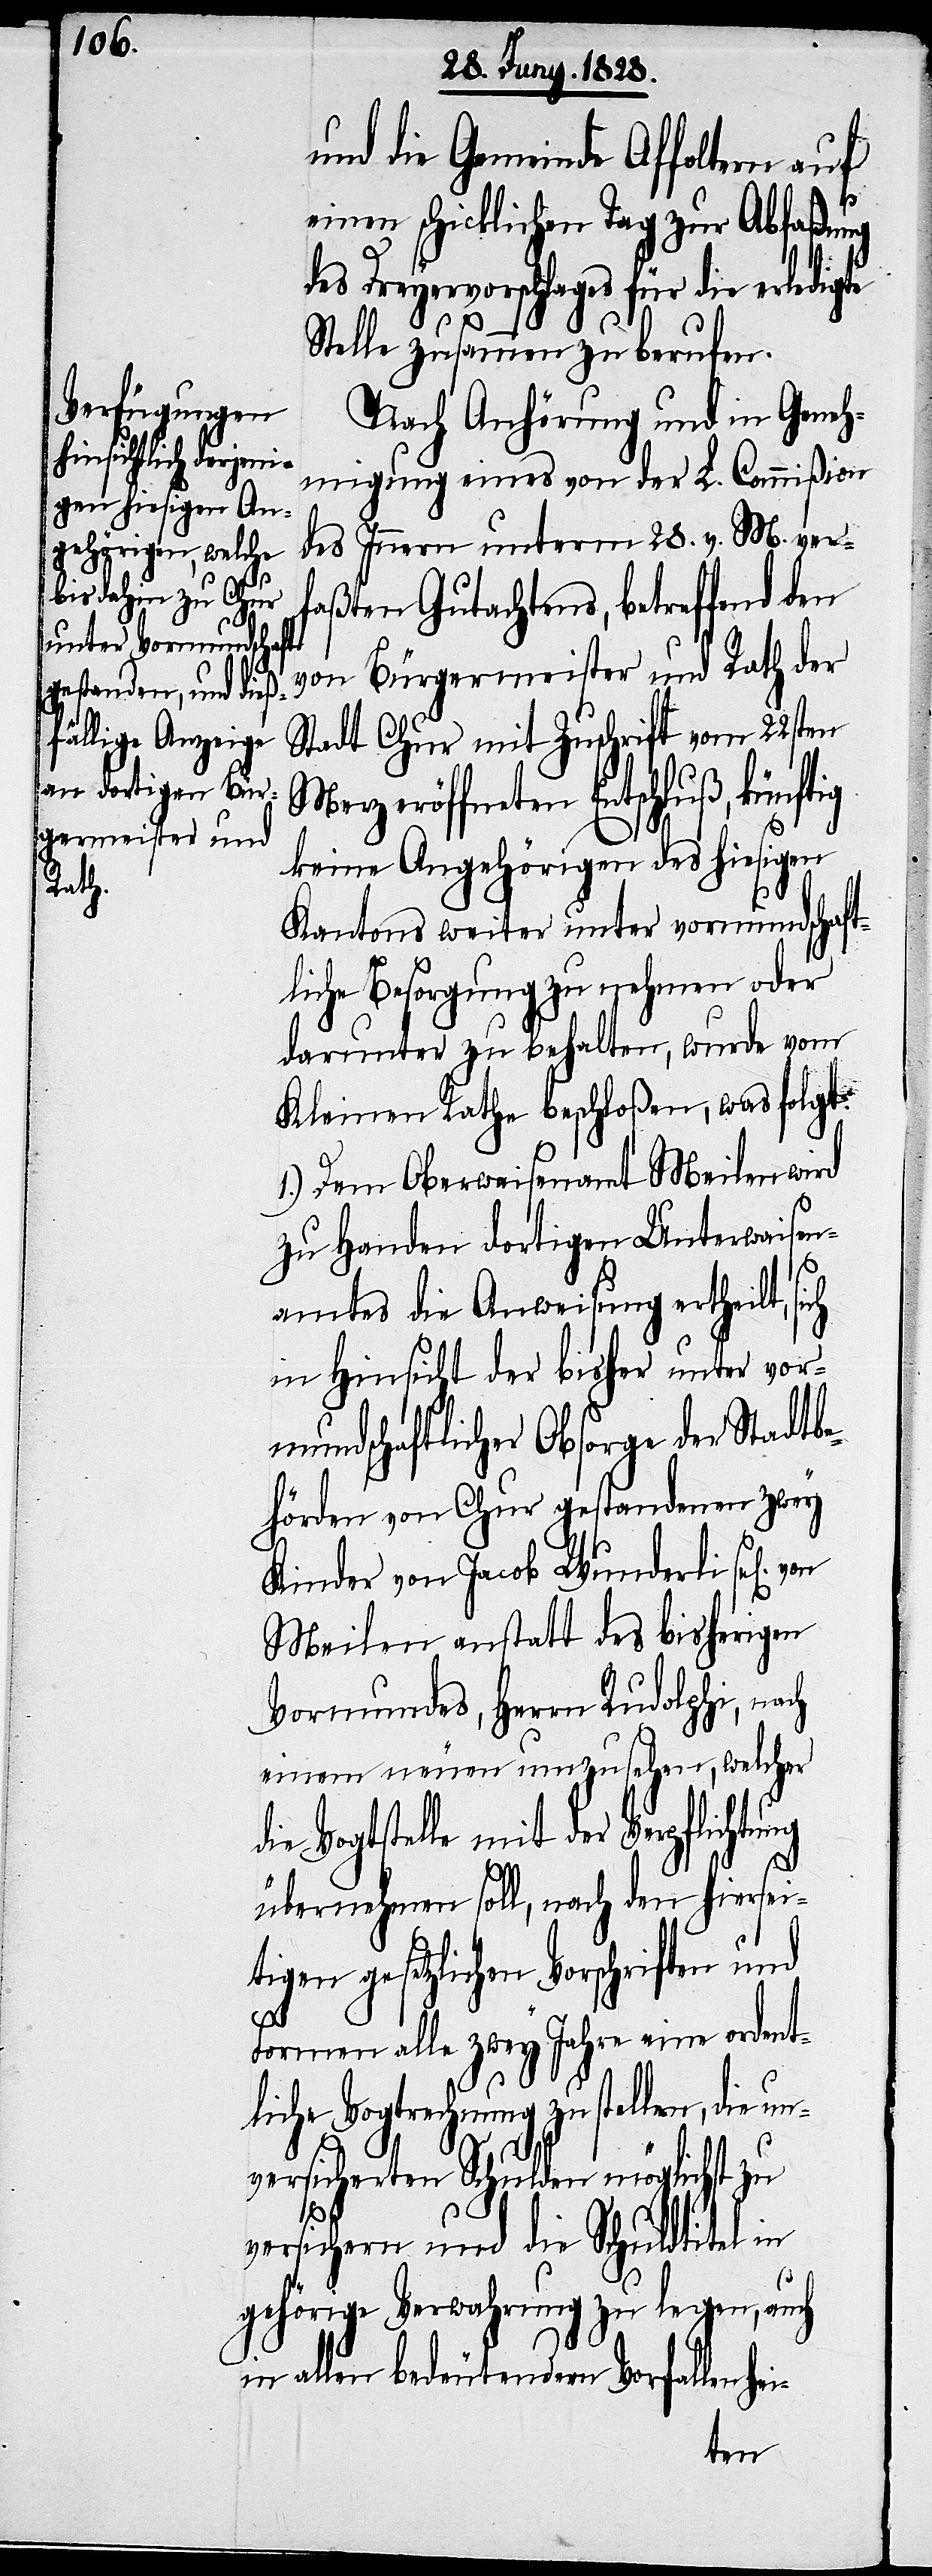
und die Gemeinde Affoltern auf
einen schicklichen Tag zur Abfaßung
des Dreyervorschlages für die erledigte
Stelle zusammen zu berufen.
Nach Anhörung und in Geneh¬
migung eines von der L. Commißion
des Innern unterm 28. v. M. ver¬
faßten Gutachtens, betreffend den
von Bürgermeister und Rath der
Stadt Chur mit Zuschrift vom 22sten
Merz eröffneten Entschluß, künftig
keine Angehörigen des hiesigen
Kantons weiter unter vormundschaft¬
liche Besorgung zu nehmen oder
darunter zu behalten, wurde vom
Kleinen Rathe beschloßen, was folgt:
1.) Dem Oberwaisenamt Meilen wird
zu Handen dortigen Unterwaisen¬
amtes die Anweisung ertheilt, si¬
in Hinsicht der bisher unter vor¬
mundschaftlicher Obsorge der Stadtbe¬
hörden von Chur gestandenen zwey
Kinder von Jacob Wunderli sel[ig].
Meilen anstatt des bisherigen
Vormundes, Herrn Rudolphi, nach
einem neuen umzusehen, welcher
die Vogtstelle mit der Verpflichtung
und
übernehmen soll, nach den hiersei¬
tigen gesetzlichen Vorschriften
Formen alle zwey Jahre eine ordent¬
liche Vogtrechnung zu stellen, die un¬
versicherten Schulden möglichst zu
versichern und die Schuldtitel in
gehörige Verwahrung zu legen, auch
in allen bedeutendern Vorfallenhei-